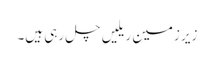
زیر زمین ریلیں چل رہی ہیں۔